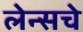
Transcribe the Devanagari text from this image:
लेन्सचे